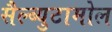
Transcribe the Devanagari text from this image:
सैल्ब्युटामोल